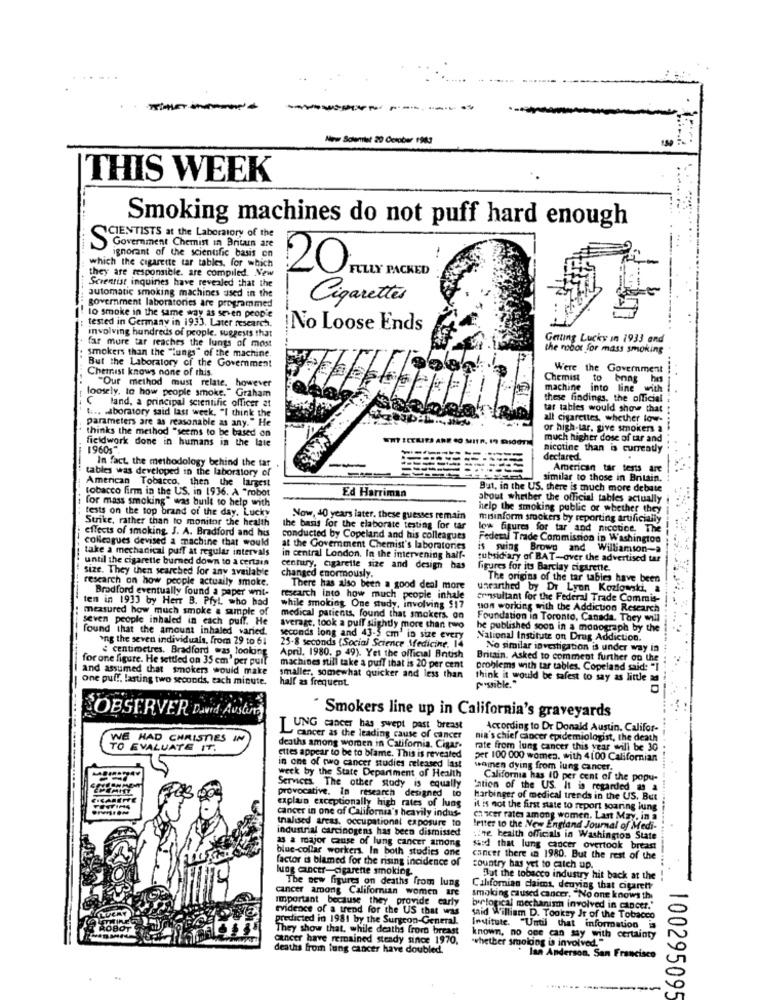
------
--
New Scientist 20 Cerober 1983
THIS WEEK
Smoking machines do not puff hard enough
SCIENTISTS at the Laboratory of the
.......
Government Chemist In Britain are
ignorant of the scientific basis en
which the cigarette tar tables, for which
they are responsible, are compiled. New
Scientist inquines have revealed that the
20FULLY PACKED
automatic smoking machines used in the
Cigarettes
government laboratories are programmed
to smoke in the same way as seien people
tested in Germany in 1933. Later research.
involving hundreds of people, suggests that
No Loose Ends
Getting Lucky in 1933 and
far more tar reaches the lungs of most
the robot for mass smoking
smokers than the "Lungs" of the machine.
But the Laboratory of the Government
Chetrust knows none of this.
Were the Government
Chemist to
Enng
loosely, to how people smoke." Graham
"Our method must relate. however
machine into line with
C land, a principal scientific officer at
these findings, the official
ti .. . aboratory said last week. "I think the
tar tables would show that
parameters are as reasonable as any." He
all cigarettes, whether low-
thinks the method "seems to be based on
or high-tar. give smokers a
...
fieldwork done in humans in the late
much higher dose of tar and
19601
nicotine than is currently
In fact, the methodology behind the tar
declared.
tables was developed in the laboratory of
American tar tests are
American Tobacco, then the largest
similar to those in Britain.
tobacco firm in the US. in 1936. A "robot
But, in the US. there is much more debate
for mass smoking" was built to help with
Ed Harriman
about whether the official tables actually
tests on the top brand of the day. Lucky
help the smoking public or whether they
Strike, rather than to monitor the health
Now, 40 years later. these guesses remain
misinform smokers by reporting artificially
effects of smoking. J. A. Bradford and his
the basis for the elaborate testing for tar
low figures for tar and nicotice, The
colleagues devised a machine that would
conducted by Copeland and his colleagues
Federal Trade Commission in Washington
take a mechanical puff at regular intervals
at the Government Chemist's laboratories
and Williamson-a
until the cigarette burned down to a certain
in central London. In the intervening half-
subsidiary of BAT-over the advertised tar
size. They then searched for any available
century, cigarette size and design bas
figures for its Barclay cigarette.
research on how people actually smoke.
------- -.
changed enormously.
The origins of the tar tables have been
Bradford eventually found a paper writ-
There has also been a good deal more
unearthed by Dr Lyon Kozlowski, a
ten in 1933 by Herr B. Pfyl, who had
research into how much people inhale
erinsultant for the Federal Trade Commis-
measured how much smoke a sample of
while smoking. One study, involving $17
uon working with the Addiction Research
seven people inhaled in each puff. He
medical patients, found that smokers. on
Foundation in Toronto, Canada. They will
found that the amount inhaled varied.
average, took a puff slightly more than two
he published soon in a monograph by the
ong the seven individuals, from 29 to 61
seconds long and 43-5 cm' in size every
National Institute on Drug Addiction.
centimetres. Bradford was toolong
25-8 seconds (Social Science Medicine, 14
No similar investigation is under way in
for one figure. He settled on 35 cm' per puit
April. 1980. p 49). Yet the official Bntish
Britain. Asked to comment further on the
and assumed that smokers would make
machines still take a puff that is 20 per cent
problems with tar tables. Copeland said: "I
one puff. lasting two seconds, each minute.
smaller, somewhat quicker and less than
half as frequent
think it would be safest to say as little as
possible."
Smokers line up in California's graveyards
....
OBSERVER David Austin
LUNG cancer has swept past breast
According to Dr Donald Austin. Califor-
WE HAD CHRISTIES IN
cancer as the leading cause of cancer
nia's chief Gincer epidemiologist, the death
TO EVALUATE IT.
deaths among women in California. Cigar.
rate from lung cancer this year will be 30
ettes appear to be to blame. This is revealed
per 100 000 women. with 4100 Californian
in one of two cancer studies released last
women dying from lung cancer.
week by the State Department of Health
California has 10 per cent of the popu-
Services. The other study is equally
'ation of the US. It is regarded as a
ARE
provocative. In research designed to
explain exceptionally high rates of lung
Harbinger of medical trends in the US. But
cancer in one of California's heavily indus-
it is not the first state to report soaring lung
thalised areas, occupational exposure to
chicer rates among women. Last May, in a
industrial carcinogens has been dismissed
Imiter to the New England Journal of Medi-
13 a major cause of lung cancer among
:ine health officials in Washington State
blue-collar workers. In both studies one
said that lung cancer overtook breast
factor is blamed for the rising incidence of
cancer there in 1980. But the rest of the
lung cancer-cigarette smoking.
country has yet to catch up.
The new figures on deaths from lung
But the tobacco industry hit back at the
cancer among Californian women are
Californian claims, deuying that ctarett
important because they provide carly
smoking caused cancer. "No one knows the
evidence of a trend for the US that was
birlogical mechanism involved in cancer.'
predicted in 1981 by the Surgeon-General.
said William D. Tooksy Jr of the Tobacco
They show that. while deaths from breast
Institute. "Until that information is
cancer have remained steady since 1970,
known, no one can say with certainty
"whether smookdog is involved."
deaths from lung cancer have doubled.
Ian Anderson. San Francisco
100295095